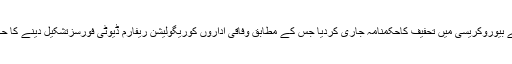
ادھرٹرمپ نے بیوروکریسی میں تحفیف کاحکمنامہ جاری کردیا جس کے مطابق وفاقی اداروں کوریگولیشن ریفارم ڈیوٹی فورسزتشکیل دینے کا حکم دیاگیا ہے۔